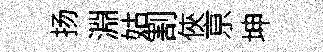
扬淵姑割俠亰坤